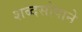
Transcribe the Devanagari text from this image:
शब्दसोपाने